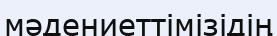
мәдениеттімізідің